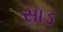
સાડ